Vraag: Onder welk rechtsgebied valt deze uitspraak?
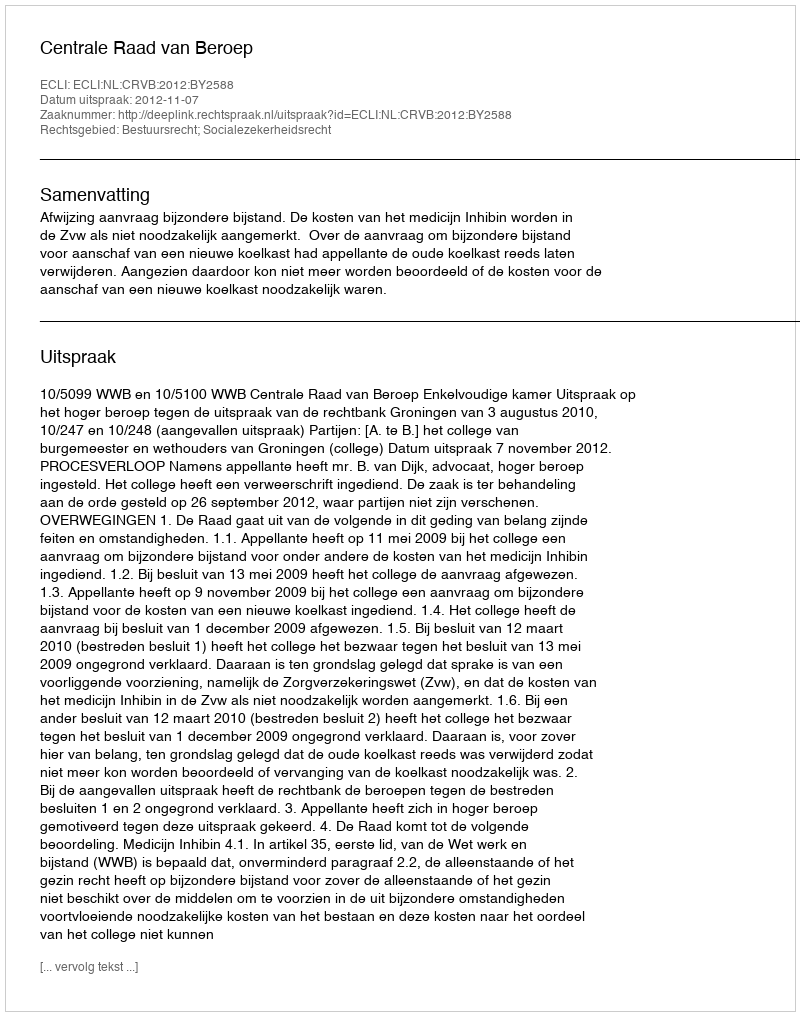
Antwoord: Bestuursrecht; Socialezekerheidsrecht